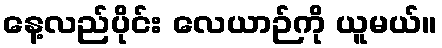
နေ့လည်ပိုင်း လေယာဉ်ကို ယူမယ်။